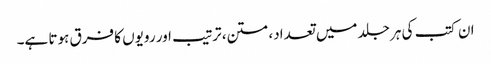
ان کتب کی ہر جلد میں تعداد، متن، ترتیب اور رویوں کا فرق ہوتا ہے۔